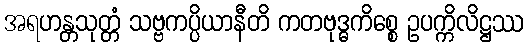
အရဟန္တသုတ္တံ သဗ္ဗကပ္ပိယာနီတိ ကတဗုဒ္ဓကိစ္စေ ဥပက္ကိလိဋ္ဌဿ